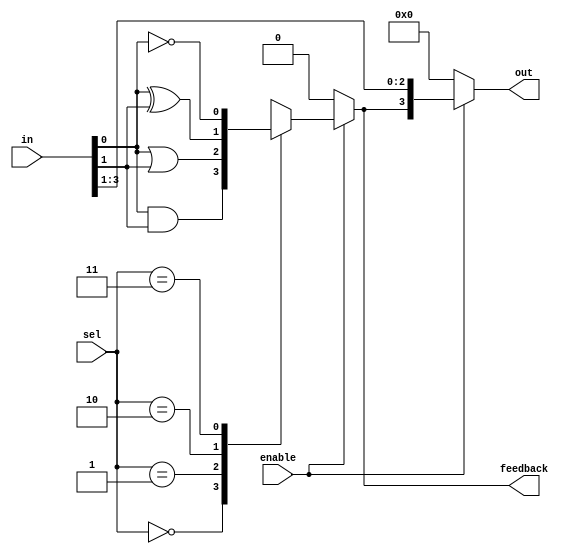
module CLB (
    input wire [3:0] in,           // 4-bit input signals
    input wire enable,             // Control signal to enable/disable logic functions
    input wire [1:0] sel,          // Select signal for multiple functions
    output reg [3:0] out,          // 4-bit output signals
    output reg feedback             // Feedback output
);

// Internal signals for LUT outputs
wire lut_out0, lut_out1;

// Look-Up Table (LUT) implementation
always @(*) begin
    if (enable) begin
        case (sel)
            2'b00: lut_out0 = in[0] & in[1]; // AND function
            2'b01: lut_out0 = in[0] | in[1]; // OR function
            2'b10: lut_out0 = in[0] ^ in[1]; // XOR function
            2'b11: lut_out0 = ~in[0];         // NOT function
            default: lut_out0 = 1'b0;         // Default case
        endcase
    end else begin
        lut_out0 = 1'b0; // Disable output when not enabled
    end
end

// Feedback path implementation
always @(in or lut_out0) begin
    feedback = lut_out0; // Feedback the output of LUT
end

// Output logic
always @(*) begin
    if (enable) begin
        out = {lut_out0, in[3:1]}; // Assign LUT output and pass through remaining inputs
    end else begin
        out = 4'b0000; // Output zero when disabled
    end
end

endmodule